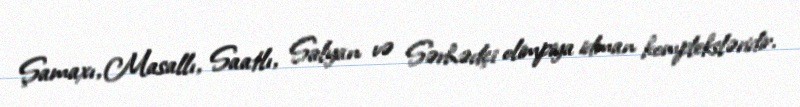
Şamaxı, Masallı, Saatlı, Salyan və Sərhədçi olimpiya idman kompleksləridir.